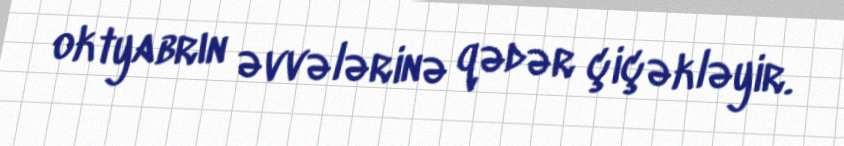
oktyabrın əvvələrinə qədər çiçəkləyir.